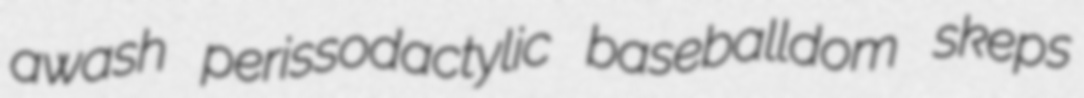
awash perissodactylic baseballdom skeps